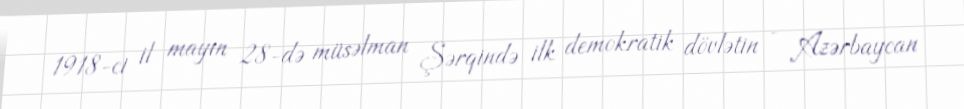
1918-ci il mayın 28-də müsəlman Şərqində ilk demokratik dövlətin - Azərbaycan